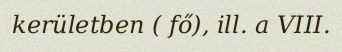
kerületben ( fő), ill. a VIII.